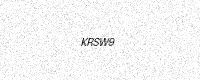
Text: KRSW9